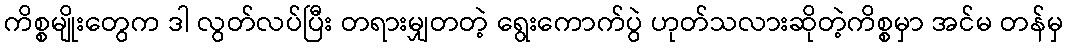
ကိစ္စမျိုးတွေက ဒါ လွတ်လပ်ပြီး တရားမျှတတဲ့ ရွေးကောက်ပွဲ ဟုတ်သလားဆိုတဲ့ကိစ္စမှာ အင်မ တန်မှ